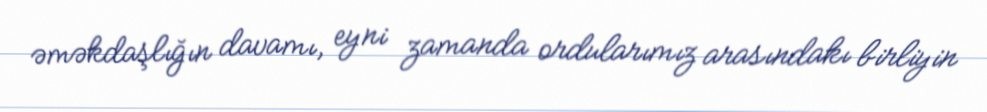
əməkdaşlığın davamı, eyni zamanda ordularımız arasındakı birliyin